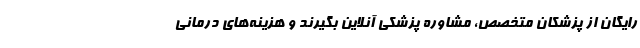
رایگان از پزشکان متخصص، مشاوره پزشکی آنلاین بگیرند و هزینه‌های درمانی